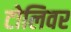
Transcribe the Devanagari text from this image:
टोलिवर